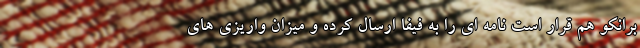
برانکو هم قرار است نامه ای را به فیفا ارسال کرده و میزان واریزی های